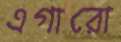
এগারো